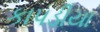
કાપડીયા